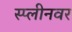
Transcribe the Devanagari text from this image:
स्प्लीनवर